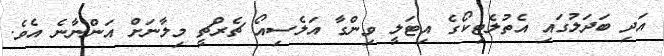
އަދި ބަދަލުގައި އެތުލެޓިކޯގެ އިޓަލީ ވިންގާ އަލެސިއޯ ޗެރްޗީ މިލާނަށް އަންނާނެ އެވެ.